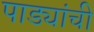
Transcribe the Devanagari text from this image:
पाड्यांची